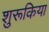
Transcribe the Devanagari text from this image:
शुरूकिया